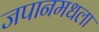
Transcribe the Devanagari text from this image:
जपानमधला